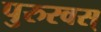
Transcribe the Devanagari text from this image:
पुरुरवस्‌